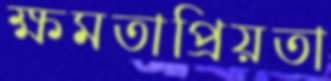
ক্ষমতাপ্রিয়তা